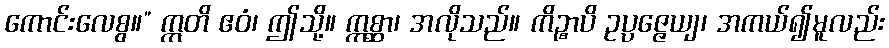
ကောင်းလေစွ။” ဣတိ ဧဝံ၊ ဤသို့။ ဣစ္ဆာ၊ အလိုသည်။ ကိဉ္စာပိ ဥပ္ပဇ္ဇေယျ၊ အကယ်၍မူလည်း